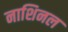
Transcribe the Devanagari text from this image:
नाशिनल